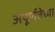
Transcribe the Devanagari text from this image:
अपूर्णतेच्या